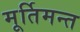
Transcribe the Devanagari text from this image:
मूर्तिमन्त